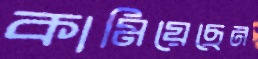
কামিয়েছেন